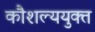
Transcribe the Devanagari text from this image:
कौशल्ययुक्त